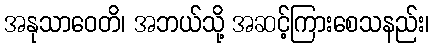
အနုသာဝေတိ၊ အဘယ်သို့ အဆင့်ကြားစေသနည်း၊